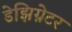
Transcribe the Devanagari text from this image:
डेझिग्नेटर